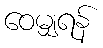
ဝေမျှရန်